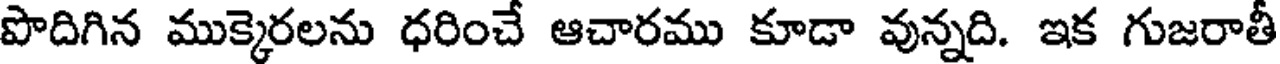
పొదిగిన ముక్కెరలను ధరించే ఆచారము కూడా వున్నది. ఇక గుజరాతీ